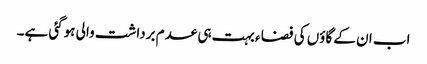
اب ان کے گاؤں کی فضا ء بہت ہی عدم برداشت والی ہوگئی ہے۔